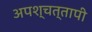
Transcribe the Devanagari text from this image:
अपश्चत्तापी